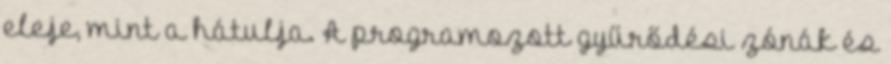
eleje, mint a hátulja. A programozott gyűrődési zónák és